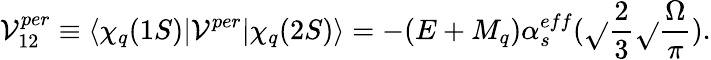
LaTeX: \mathcal{V}_{12}^{per}\equiv\langle\chi_{q}(1S)|\mathcal{V}^{per}|\chi_{q}(2S)\rangle=-(E+M_{q})\alpha_{s}^{eff}(\sqrt{}{{{\frac{{2}}{{3}}}}}\sqrt{}{{\frac{{\Omega}}{{\pi}}}}).